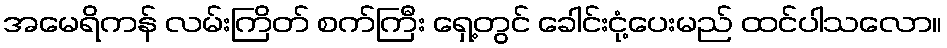
အမေရိကန် လမ်းကြိတ် စက်ကြီး ရှေ့တွင် ခေါင်းငုံ့ပေးမည် ထင်ပါသလော။